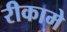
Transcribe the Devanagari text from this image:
रीकामे